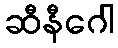
ဆီနီဂေါ